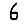
Digit: 6